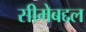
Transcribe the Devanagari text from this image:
सीमेबद्दल